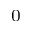
^ 0